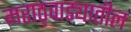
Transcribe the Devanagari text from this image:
मराठ्वाड्यातील